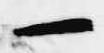
一